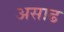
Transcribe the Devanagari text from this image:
असाढ